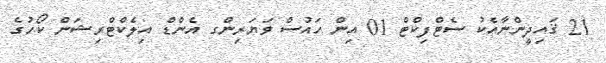
21 ޤައިދީންނާއެކު ސެޓްފިކްޓް 01 އިން ހައުސް ވަޔަރިންގ އެންޑް އިލެކްޓްރިޝަން ކޯހުގެ